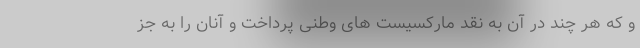
و که هر چند در آن به نقد مارکسیست های وطنی پرداخت و آنان را به جز